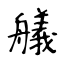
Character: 艤